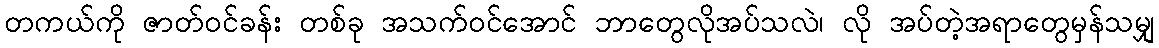
တကယ်ကို ဇာတ်ဝင်ခန်း တစ်ခု အသက်ဝင်အောင် ဘာတွေလိုအပ်သလဲ၊ လို အပ်တဲ့အရာတွေမှန်သမျှ